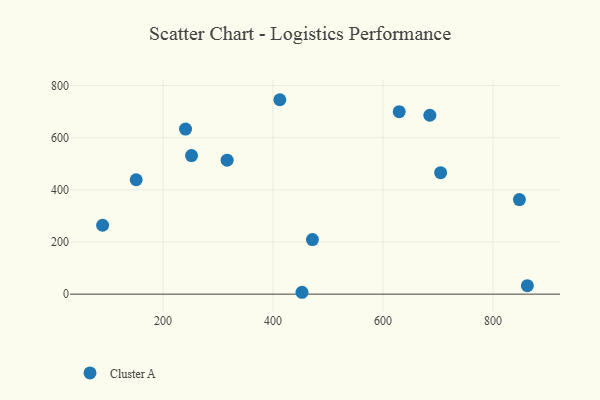
{"axis": {"x": "Distance", "y": "Sales"}, "legend": ["Cluster A"], "data": [{"x": "629.4", "y": 699.7, "type": "Cluster A"}, {"x": "704.7", "y": 465.8, "type": "Cluster A"}, {"x": "90.3", "y": 264.3, "type": "Cluster A"}, {"x": "251.9", "y": 531.4, "type": "Cluster A"}, {"x": "471.7", "y": 209.3, "type": "Cluster A"}, {"x": "847.9", "y": 362.5, "type": "Cluster A"}, {"x": "241.0", "y": 632.9, "type": "Cluster A"}, {"x": "685.1", "y": 686.0, "type": "Cluster A"}, {"x": "862.4", "y": 32.5, "type": "Cluster A"}, {"x": "452.7", "y": 7.2, "type": "Cluster A"}, {"x": "316.6", "y": 513.9, "type": "Cluster A"}, {"x": "151.3", "y": 438.7, "type": "Cluster A"}, {"x": "412.4", "y": 745.6, "type": "Cluster A"}]}